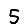
Digit: 5